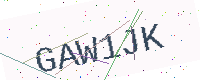
Text: GAW1JK